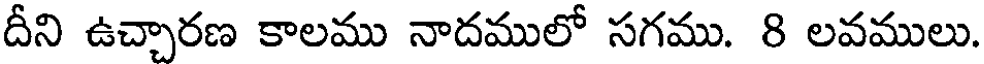
దీని ఉచ్చారణ కాలము నాదములో సగము. 8 లవములు.